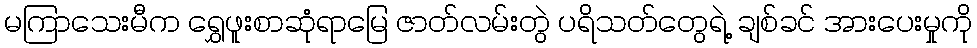
မကြာသေးမီက ရွှေဖူးစာဆုံရာမြေ ဇာတ်လမ်းတွဲ ပရိသတ်တွေရဲ့ ချစ်ခင် အားပေးမှုကို